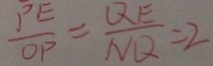
\frac { P E } { O P } = \frac { Q E } { N Q } = 2